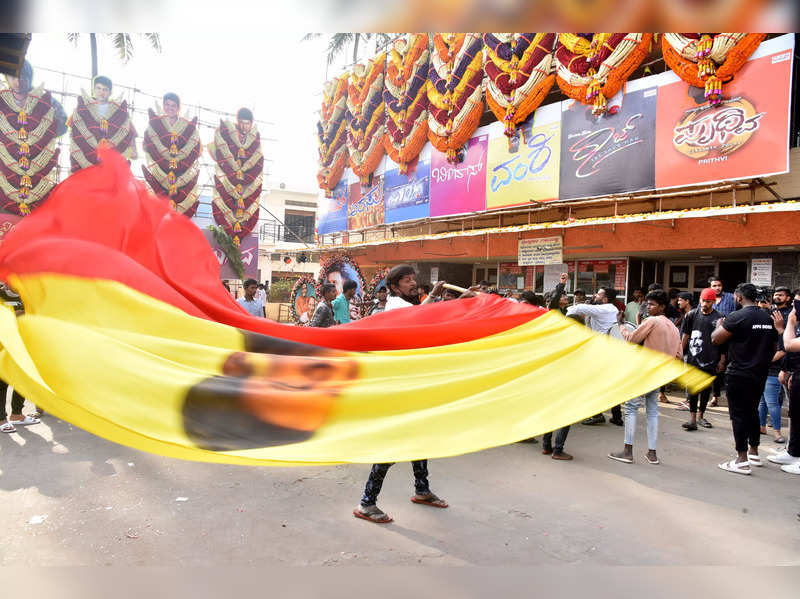
Language: kannada
Transcription: ಪೃಥ್ವಿ ವಂಶಿ